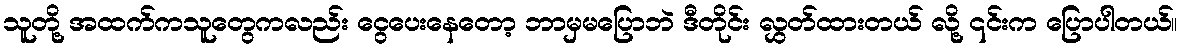
သူတို့ အထက်ကသူတွေကလည်း ငွေပေးနေတော့ ဘာမှမပြောဘဲ ဒီတိုင်း လွှတ်ထားတယ် လို့ ၎င်းက ပြောပါတယ်။